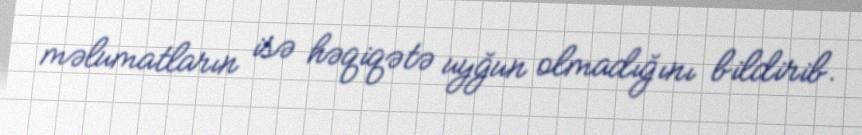
məlumatların isə həqiqətə uyğun olmadığını bildirib.